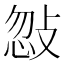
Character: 𢽨